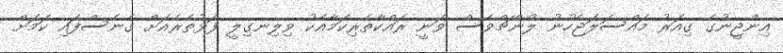
އިންޖީނުގެ ގިއަރު މައްސަލަޖެހުނު ލޯންޗްވެސް ވަނީ ރައްކާތެރިކަމާއެކު ވިލިނގިލީ ފަޅުތެރެއަށް ގެނެސްފައި ކަމަށް